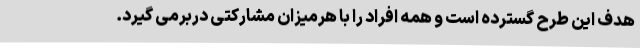
هدف این طرح گسترده است و همه افراد را با هرمیزان مشارکتی دربرمی گیرد.